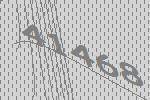
41468